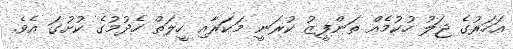
އަހަރުގެ ޖަލު ހުކުމެއް ތަންފީޒު ކުރަނީ މަކަރާއި ހީލަތް ހެދުމުގެ ކުށުގަ އެވެ.